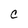
Character: C